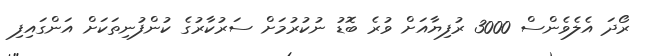
ރޯދަ އެލެވެންސް 3000 ރުފިޔާއަށް ވުރެ ބޮޑު ނުކުރުމަށް ސަރުކާރުގެ ކުންފުނިތަކަށް އަންގައިފި